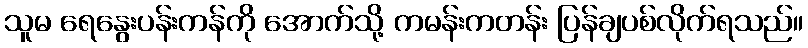
သူမ ရေနွေးပန်းကန်ကို အောက်သို့ ကမန်းကတန်း ပြန်ချပစ်လိုက်ရသည်။